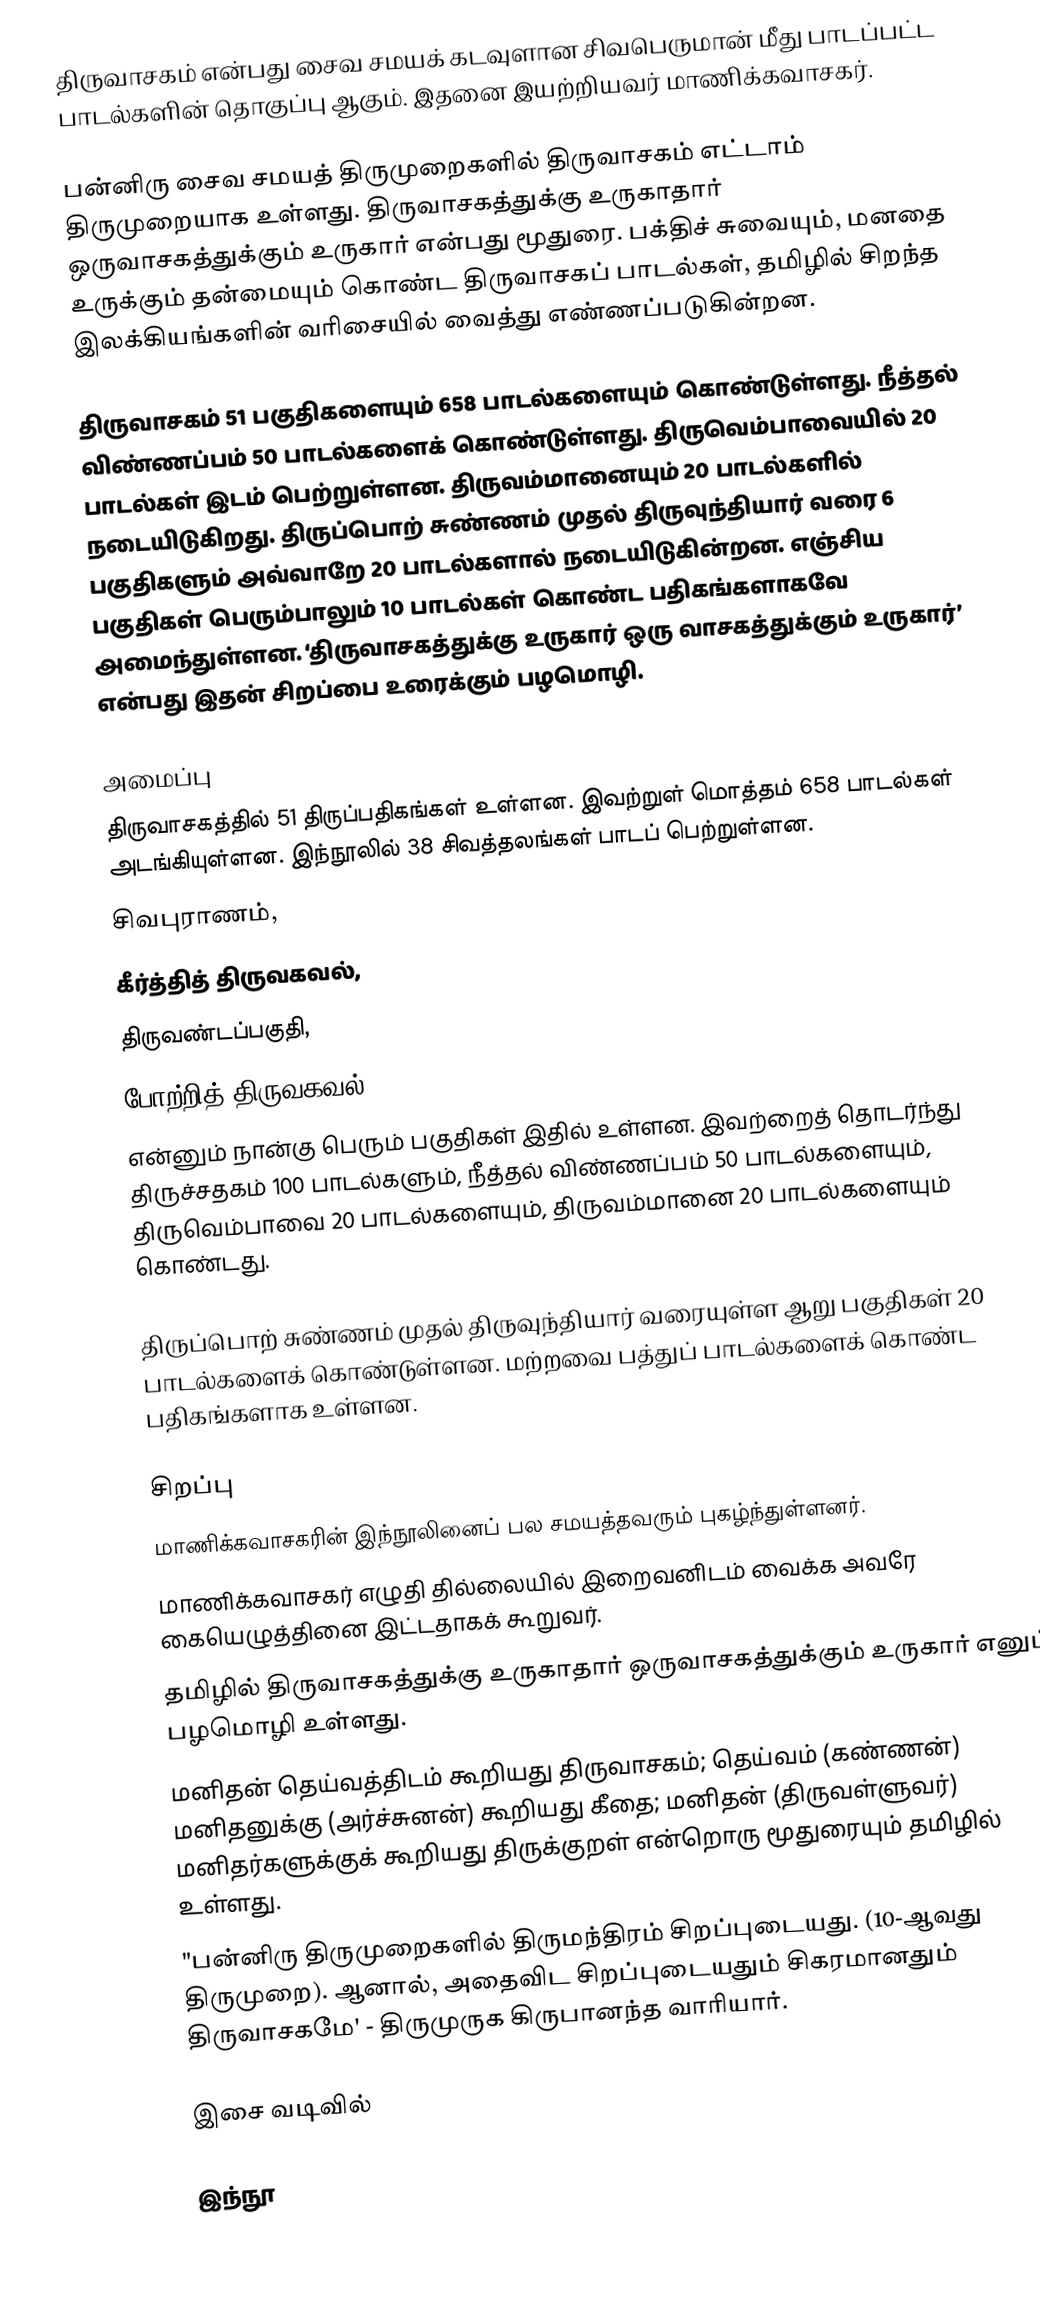
திருவாசகம் என்பது சைவ சமயக் கடவுளான சிவபெருமான் மீது பாடப்பட்ட பாடல்களின் தொகுப்பு ஆகும். இதனை இயற்றியவர் மாணிக்கவாசகர்.

பன்னிரு சைவ சமயத் திருமுறைகளில் திருவாசகம் எட்டாம் திருமுறையாக உள்ளது.  திருவாசகத்துக்கு உருகாதார் ஒருவாசகத்துக்கும் உருகார் என்பது மூதுரை.  பக்திச் சுவையும், மனதை உருக்கும் தன்மையும் கொண்ட திருவாசகப் பாடல்கள், தமிழில் சிறந்த இலக்கியங்களின் வரிசையில் வைத்து எண்ணப்படுகின்றன.

திருவாசகம் 51 பகுதிகளையும் 658 பாடல்களையும் கொண்டுள்ளது. நீத்தல் விண்ணப்பம் 50 பாடல்களைக் கொண்டுள்ளது. திருவெம்பாவையில் 20 பாடல்கள் இடம் பெற்றுள்ளன. திருவம்மானையும் 20 பாடல்களில் நடையிடுகிறது. திருப்பொற் சுண்ணம் முதல் திருவுந்தியார் வரை 6 பகுதிகளும் அவ்வாறே 20 பாடல்களால் நடையிடுகின்றன. எஞ்சிய பகுதிகள் பெரும்பாலும் 10 பாடல்கள் கொண்ட பதிகங்களாகவே அமைந்துள்ளன. ‘திருவாசகத்துக்கு உருகார் ஒரு வாசகத்துக்கும் உருகார்’ என்பது இதன் சிறப்பை உரைக்கும் பழமொழி.

அமைப்பு
திருவாசகத்தில் 51 திருப்பதிகங்கள் உள்ளன. இவற்றுள் மொத்தம் 658 பாடல்கள் அடங்கியுள்ளன. இந்நூலில் 38 சிவத்தலங்கள் பாடப் பெற்றுள்ளன.
 சிவபுராணம்,
 கீர்த்தித் திருவகவல்,
 திருவண்டப்பகுதி,
 போற்றித் திருவகவல்
என்னும் நான்கு பெரும் பகுதிகள் இதில் உள்ளன. இவற்றைத் தொடர்ந்து திருச்சதகம் 100 பாடல்களும், நீத்தல் விண்ணப்பம் 50 பாடல்களையும், திருவெம்பாவை 20 பாடல்களையும், திருவம்மானை 20 பாடல்களையும் கொண்டது.

திருப்பொற் சுண்ணம் முதல் திருவுந்தியார் வரையுள்ள ஆறு பகுதிகள் 20 பாடல்களைக் கொண்டுள்ளன. மற்றவை பத்துப் பாடல்களைக் கொண்ட பதிகங்களாக உள்ளன.

சிறப்பு
 மாணிக்கவாசகரின் இந்நூலினைப் பல சமயத்தவரும் புகழ்ந்துள்ளனர்.
 மாணிக்கவாசகர் எழுதி தில்லையில் இறைவனிடம் வைக்க அவரே கையெழுத்தினை இட்டதாகக் கூறுவர்.
 தமிழில் திருவாசகத்துக்கு உருகாதார் ஒருவாசகத்துக்கும் உருகார் எனும் பழமொழி உள்ளது.
 மனிதன் தெய்வத்திடம் கூறியது திருவாசகம்; தெய்வம் (கண்ணன்) மனிதனுக்கு (அர்ச்சுனன்) கூறியது கீதை; மனிதன் (திருவள்ளுவர்) மனிதர்களுக்குக் கூறியது திருக்குறள் என்றொரு மூதுரையும் தமிழில் உள்ளது.
 "பன்னிரு திருமுறைகளில் திருமந்திரம் சிறப்புடையது. (10-ஆவது திருமுறை). ஆனால், அதைவிட சிறப்புடையதும் சிகரமானதும் திருவாசகமே' - திருமுருக கிருபானந்த வாரியார்.

இசை வடிவில்

இந்நூ